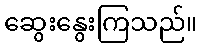
ဆွေးနွေးကြသည်။